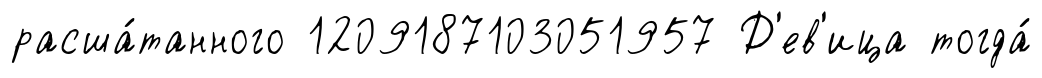
расша́танного 1209187103051957 Д'ев'ица тогда́